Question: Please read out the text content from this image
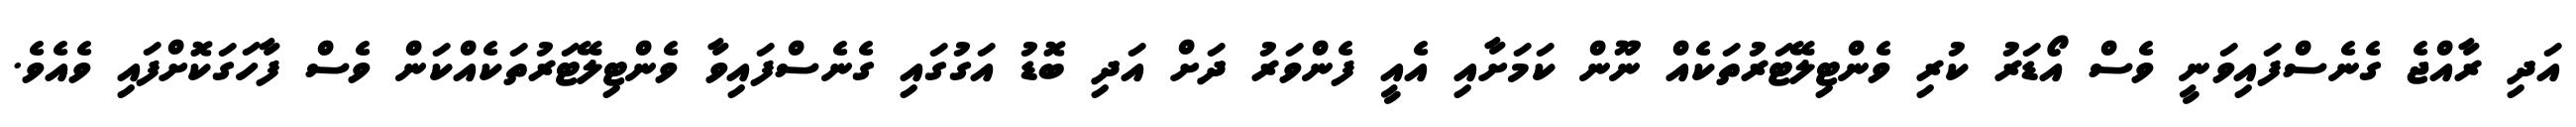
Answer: އަދި ރާއްޖެ ގެނެސްފައިވަނީ ވެސް އޯޑަރު ކުރި ވެންޓިލޭޓަރުތަކެއް ނޫން ކަމަށާއި އެއީ ފެންވަރު ދަށް އަދި ބޮޑު އަގުގައި ގެނެސްފައިވާ ވެންޓިލޭޓަރުތަކެއްކަން ވެސް ފާހަގަކޮށްފައި ވެއެވެ.